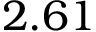
2 . 6 1